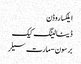
ایلکسا روڈن
ڈیٹا لینگ کیک
برسون-مارت سیلر